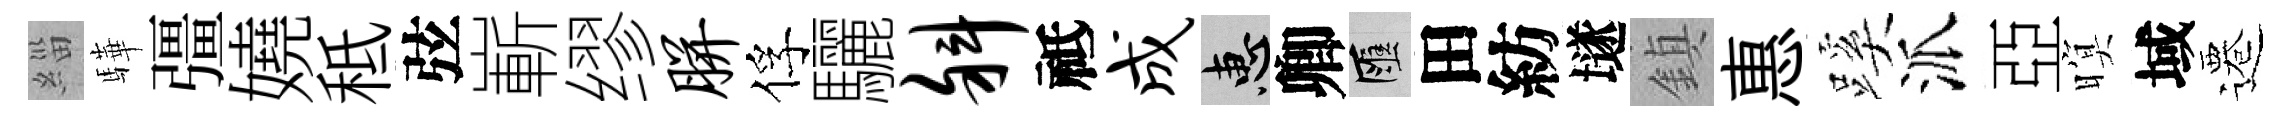
緇驊彊嬈秪弦嶄缪胼俘驪斜祗成惠卿匯田紡𡑞鎮惠蹊派亞暝域遷